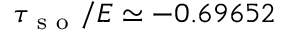
\tau _ { \mathrm { ~ s ~ o ~ } } / E \simeq - 0 . 6 9 6 5 2